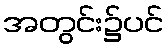
အတွင်း၌ပင်